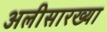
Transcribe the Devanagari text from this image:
अलीसारख्या